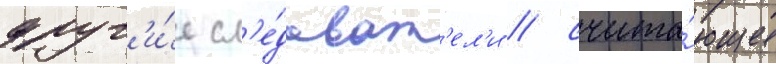
друг'и́е сл'е́доват'ел'и / счита́ющие